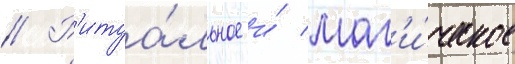
// Р'итуа́льное и́ маг'и́ческое